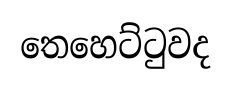
තෙහෙට්ටුවද